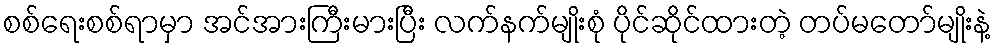
စစ်ရေးစစ်ရာမှာ အင်အားကြီးမားပြီး လက်နက်မျိုးစုံ ပိုင်ဆိုင်ထားတဲ့ တပ်မတော်မျိုးနဲ့